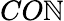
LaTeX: CO\mathbb{N}